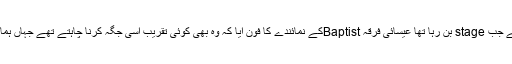
جلسہ سے ایک دن پہلے جب stage بن رہا تھا عیسائی فرقہ Baptistکے نمائندے کا فون آیا کہ وہ بھی کوئی تقریب اسی جگہ کرنا چاہتے تھے جہاں ہمارا جلسہ ہونے والا تھا۔